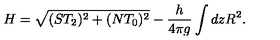
H = \sqrt { ( S T _ { 2 } ) ^ { 2 } + ( N T _ { 0 } ) ^ { 2 } } - \frac { h } { 4 \pi g } \int d z R ^ { 2 } .